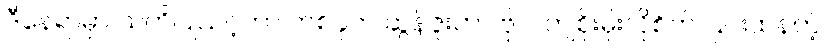
ဒီနေရာမှာ သတိပြုသင့်တာ တစ်ခုက ဆွန်ဇူးဟာ ဗိုလ်ကျစိုးမိုးလိုစိတ် ပြင်းထန်တဲ့